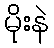
မိုးနဲ